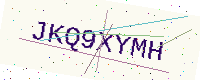
Text: JKQ9XYMH